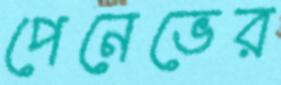
পেনেভের